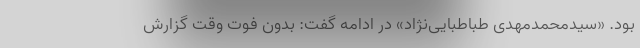
بود. «سیدمحمدمهدی طباطبایی‌نژاد» در ادامه گفت: بدون فوت وقت گزارش